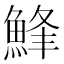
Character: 𩷭